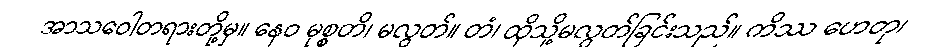
အာသဝေါတရားတို့မှ။ နေဝ မုစ္စတိ၊ မလွတ်။ တံ၊ ထိုသို့မလွတ်ခြင်းသည်။ ကိဿ ဟေတု၊